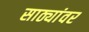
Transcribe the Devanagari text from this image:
साठ्यांवर